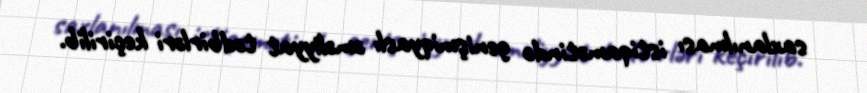
saxlanılması istiqamətində genişmiqyaslı əməliyyat tədbirləri keçirilib.